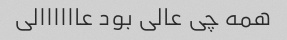
همه چی عالی بود عاااااالی